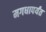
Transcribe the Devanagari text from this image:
मगधापर्यंत